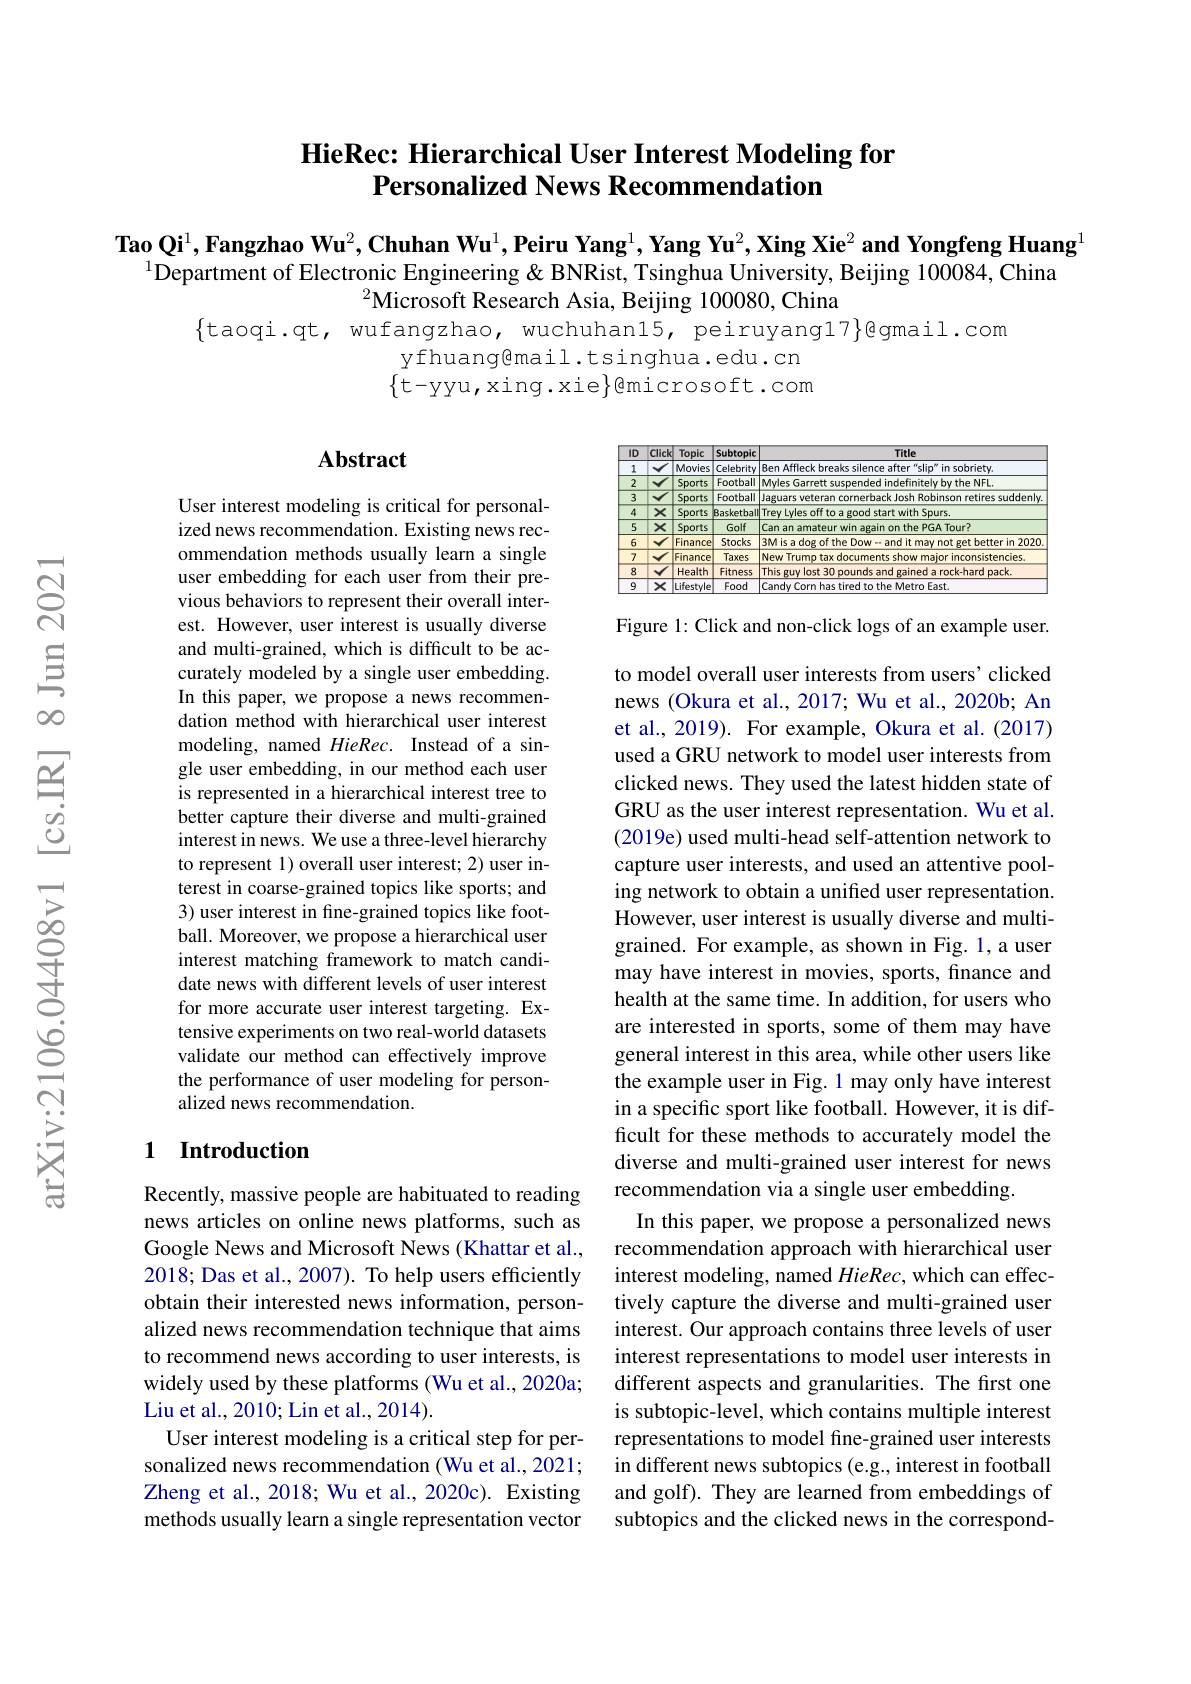
### HieRec: Hierarchical User Interest Modeling for Personalized News Recommendation

Tao Qi$^1,\textbf{Fangzhao Wu}^2,\textbf{Chuhan Wu}^1,\textbf{Peiru Yang}^1,\textbf{Yang Yu}^2,\textbf{Xing Xie}^2\textbf{and Yongfeng Huang}^1$
$^{1}$Department of Electronic Engineering & BNRist, Tsinghua University, Beijing 100084,China
$^2$Microsoft Research Asia, Beijing 100080, China

yfhuang@mail.tsinghua.edu.cn $\{$t-yyu,xing.xie$\}$@microsoft.com

## Abstract

<table>
	<tbody>
		<tr>
			<th>$1D$</th>
			<th>Click</th>
			<th>Topic</th>
			<th>Subtopic</th>
			<th>Title</th>
		</tr>
		<tr>
			<td>1</td>
			<td>1</td>
			<td>Movies</td>
			<td>Celebrity</td>
			<td>n sobrietv Ren C</td>
		</tr>
		<tr>
			<td>2</td>
			<td>V</td>
			<td>Sports</td>
			<td>Football</td>
			<td>the NFL Mwlp</td>
		</tr>
		<tr>
			<td>3</td>
			<td>Y</td>
			<td>Sports</td>
			<td>Football</td>
			<td>1pnli</td>
		</tr>
		<tr>
			<td>4</td>
			<td>$x$</td>
			<td>Sports</td>
			<td>Basketbal</td>
			<td>with Spurs. Trev</td>
		</tr>
		<tr>
			<td>5</td>
			<td>$x$</td>
			<td>Sports</td>
			<td>Golf</td>
			<td>Canan PGA Tour? Thp</td>
		</tr>
		<tr>
			<td>6</td>
			<td>$y$</td>
			<td>Finance</td>
			<td>Stocks</td>
			<td>$\ln2020$</td>
		</tr>
		<tr>
			<td>7</td>
			<td>M</td>
			<td>Finance</td>
			<td>Taxes</td>
			<td>tencies</td>
		</tr>
		<tr>
			<td>8</td>
			<td>$v$ 1</td>
			<td>Health</td>
			<td>Fitness</td>
			<td>This nark</td>
		</tr>
		<tr>
			<td>9</td>
			<td>$X$</td>
			<td>Lifestyle</td>
			<td>Food</td>
			<td>Metro East mand</td>
		</tr>
	</tbody>
</table>

User interest modeling is critical for personalized news recommendation. Existing news recommendation methods usually learn a single user embedding for each user from their previous behaviors to represent their overall interest. However, user interest is usually diverse and multi-grained, which is difficult to be accurately modeled by a single user embedding. In this paper, we propose a news recommendation method with hierarchical user interest modeling, named HieRec. Instead of a single user embedding, in our method each user is represented in a hierarchical interest tree to better capture their diverse and multi-grained interest in news. We use a three-level hierarchy to represent 1) overall user interest; 2) user interest in coarse-grained topics like sports; and 3) user interest in fine-grained topics like football. Moreover, we propose a hierarchical user interest matching framework to match candidate news with different levels of user interest for more accurate user interest targeting. Extensive experiments on two real-world datasets validate our method can effectively improve the performance of user modeling for personalized news recommendation.

Figure 1: Click and non-click logs of an example user to model overall user interests from users' clicked news (Okura et al., 2017; Wu et al., 2020b; An et al., 2019). For example, Okura et al.(2017) used a GRU network to model user interests from clicked news. They used the latest hidden state of GRU as the user interest representation. Wu et al. (2019e) used multi-head self-attention network to capture user interests, and used an attentive pooling network to obtain a unified user representation. However, user interest is usually diverse and multigrained. For example, as shown in Fig. 1, a user may have interest in movies, sports, finance and health at the same time. In addition, for users who are interested in sports, some of them may have general interest in this area, while other users like the example user in Fig. 1 may only have interest in a specific sport like football. However, it is difficult for these methods to accurately model the diverse and multi-grained user interest for news recommendation via a single user embedding.
In this paper, we propose a personalized news recommendation approach with hierarchical user interest modeling, named $HieRec$, which can effectively capture the diverse and multi-grained user interest. Our approach contains three levels of user interest representations to model user interests in different aspects and granularities. The first one is subtopic-level, which contains multiple interest representations to model fine-grained user interests in different news subtopics (e.g., interest in football and golf). They are learned from embeddings of subtopics and the clicked news in the correspond-

## 1 Introduction

Recently, massive people are habituated to reading news articles on online news platforms, such as Google News and Microsoft News (Khattar et al., 2018; Das et al., 2007). To help users efficiently obtain their interested news information, personalized news recommendation technique that aims to recommend news according to user interests, is widely used by these platforms (Wu et al., 2020a; Liu et al. , 2010; Lin et al. , 2014) .
User interest modeling is a critical step for personalized news recommendation (Wu et al., 2021; Zheng et al., 2018; Wu et al., 2020c). Existing methods usually learn a single representation vector